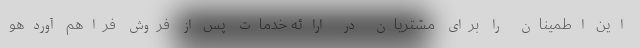
این اطمینان را برای مشتریان در ارائه خدمات پس از فروش فراهم آوردهو